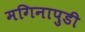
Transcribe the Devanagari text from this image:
मगिनापुडी